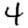
Digit: 4